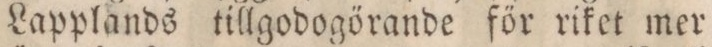
Lapplands tillgodogörande för riket mer